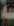
سة